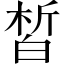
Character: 皙